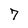
Character: 7